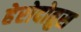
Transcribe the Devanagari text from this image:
हेरोदोतुस